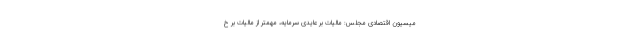
میسیون اقتصادی مجلس: مالیات بر عایدی سرمایه، مهمتر از مالیات بر خ